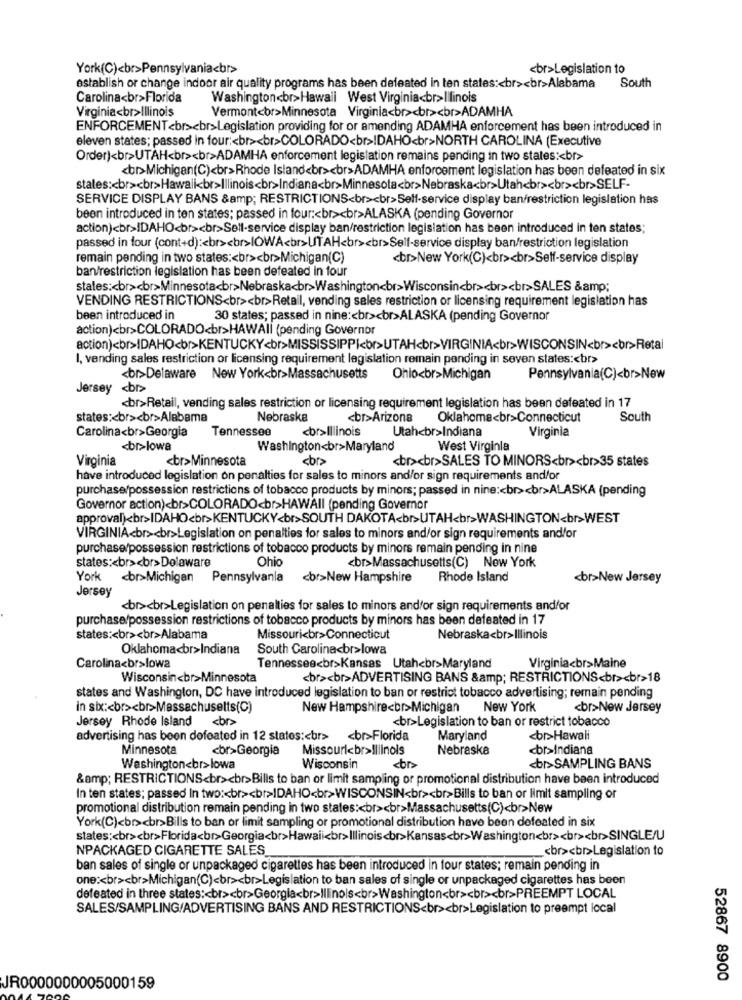
York(C)<br>Pennsylvania<br>
<br>Legislation to
establish or change indoor air quality programs has been deleated in ten states :< br><br>Alabama
South
Carolina<br>Florida
Washington<br>Hawali West Virginia<br>Illinois
Virginia<br>Illinois
Vermont<br>Minnesota Virginia<br><br><br>ADAMHA
ENFORCEMENT <br><br>Legislation providing for or amending ADAMHA enforcement has been introduced in
eleven states; passed in four :< br><br>COLORADO<br>IDAHO<br>NORTH CAROLINA (Executive
Order)<br>UTAH<br><br>ADAMHA enforcement legislation remains pending in two states :< br>
<br>Michigan(C)<br>Rhode Island<br><br>ADAMHA enforcement legislation has been defeated in six
states :< br><br>Hawaii<br>Illinois<br>Indiana<br>Minnesota<br>Nebraska<br>Utah<br><br><br>SELF-
SERVICE DISPLAY BANS &amp; RESTRICTIONS<br><br>Self-service display ban/restriction legislation has
been introduced in ten states; passed in four :< br><br>ALASKA (pending Governor
action)<br>IDAHO<br><br>Sell-service display ban/restriction legislation has been introduced in ten states;
passed in tour (cont+d) :< br><br>IOWA<br>UTAH<br><br>Self-service display ban/restriction legislation
remain pending in two states :< br><br>Michigan(C)
<br>New York(C)<br><br>Self-service display
ban/restriction legislation has been defeated in four
states :< br><br>Minnesota<br>Nebraska<br>Washington<br>Wisconsin<br><br><br>SALES &amp;
VENDING RESTRICTIONS<br><br>Retail, vending sales restriction or licensing requirement legislation has
been introduced in
30 states; passed in nine :< br><br>ALASKA (pending Governor
action)<br>COLORADO<br>HAWAII (pending Governor
action)<br>IDAHO<br>KENTUCKY<br>MISSISSIPPI<br>UTAH<br>VIRGINIA<br>WISCONSIN<br><br>Retal
I, vending sales restriction or licensing requirement legislation remain pending in seven states :< br>
<br>Delaware New York<br>Massachusetts
Ohio<br>Michigan
Pennsylvania(C)<br>New
Jersey <br>
<br>Retail, vending sales restriction or licensing requirement legislation has been defeated in 17
states :< br><br>Alabama
Nebraska
<br>Arizona
Oklahoma<br>Connecticut
South
Carolina<br>Georgia
Tennessee
<br>Illinois
Utah<br>Indiana
Virginia
<br>lowa
Washington<br>Maryland
West Virginia
Virginia
<br>Minnesota
<br><br>SALES TO MINORS<br><br>35 states
have introduced legislation on penalties for sales to minors and/or sign requirements and/or
purchase/possession restrictions of tobacco products by minors; passed in nine :< br><br>ALASKA (pending
Governor action)<br>COLORADO<br>HAWAII (pending Governor
approval)<br>IDAHO<br>KENTUCKY<br>SOUTH DAKOTA<br>UTAH<br>WASHINGTON<br>WEST
VIRGINIA<br><br>Legislation on penalties for sales to minors and/or sign requirements and/or
purchase/possession restrictions of tobacco products by minors remain pending in nine
states :< br><br>Delaware
Ohio
<br>Massachusetts(C) New York
York <br>Michigan
Pennsylvania
<br>New Hampshire
Rhode Island
<br>New Jersey
Jersey
<br><br>Legislation on penalties for sales to minors and/or sign requirements and/or
purchase/possession restrictions of tobacco products by minors has been defeated in 17
states :< br><br>Alabama
Missouri<br>Connecticut
Nebraska<br>Illinois
Oklahoma<br>Indiana
South Carolina<br>lowa
Carolina<br>lowa
Tennessee<br>Kansas Utah<br>Maryland
Virginia<br>Maine
Wisconsin<br>Minnesota
<br><br>ADVERTISING BANS &amp; RESTRICTIONS<br><br>18
states and Washington, DC have introduced legislation to ban or restrict tobacco advertising; remain pending
in six :< br><br>Massachusetts(C)
New Hampshire<br>Michigan
New York
<br>New Jersey
Jersey Rhode Island <br>
<br>Legislation to ban or restrict tobacco
advertising has been defeated in 12 states :< br> <br>Florida
Maryland
<br>Hawali
Minnesota
<br>Georgia
Missouri<br>Illinois
Nebraska
<br>Indiana
Washington<br>lowa
Wisconsin
<br>SAMPLING BANS
&amp; RESTRICTIONS<br><br>Bills to ban or limit sampling or promotional distribution have been introduced
In ten states; passed In two :< br><br>IDAHO<br>WISCONSIN<br><br>Bills to ban or limit sampling or
promotional distribution remain pending in two states :< br><br>Massachusetts(C)<br>New
York(C)<br><br>Bills to ban or limit sampling or promotional distribution have been defeated in six
states :< br><br>Florida<br>Georgia<br>Hawaii<br>Illinois<br>Kansas<br>Washington<br><br><br>SINGLE/U
NPACKAGED CIGARETTE SALES
<br><br>Legislation to
ban sales of single or unpackaged cigarettes has been introduced in four states; remain pending in
one :< br><br>Michigan(C)<br><br>Legislation to ban sales of single or unpackaged cigarettes has been
defeated in three states :< br><br>Georgia<br>Illinois<br>Washington<br><br><br>PREEMPT LOCAL
SALES/SAMPLING/ADVERTISING BANS AND RESTRICTIONS<br><br>Legislation to preempt local
52867 8900
JR0000000005000159